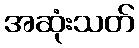
အဆုံးသတ်